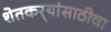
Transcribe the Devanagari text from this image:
शेतकर्‍यांसाठीचा